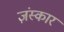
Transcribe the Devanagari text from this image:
ज़ंस्कार